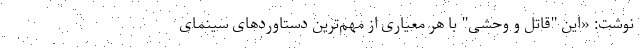
نوشت: «این "قاتل و وحشی" با هر معیاری از مهم‌ترین دستاوردهای سینمای